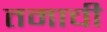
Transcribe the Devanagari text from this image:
तमाची